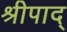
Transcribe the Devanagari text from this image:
श्रीपाद्